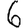
Digit: 6